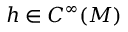
h \in C ^ { \infty } ( M )